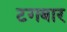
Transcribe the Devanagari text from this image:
टगबार